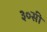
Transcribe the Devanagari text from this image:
३०सी